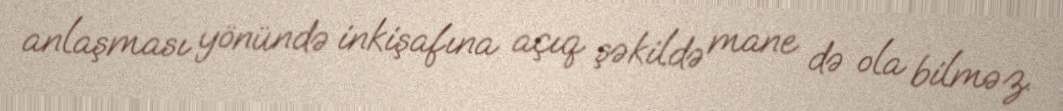
anlaşması yönündə inkişafına açıq şəkildə mane də ola bilməz.